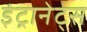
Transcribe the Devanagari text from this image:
इंट्रानेट्स